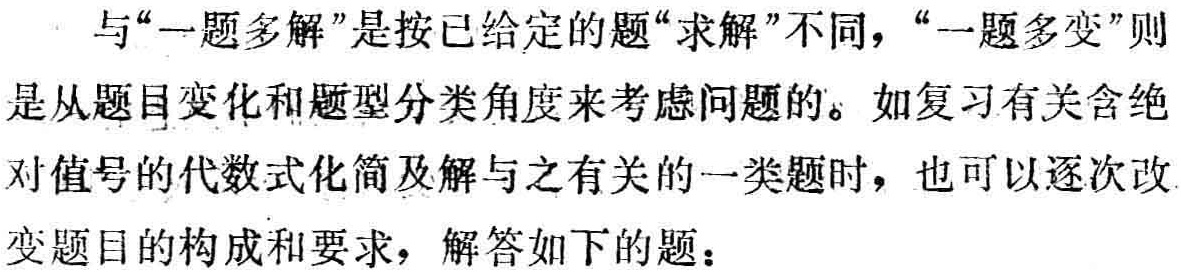
与“一题多解”是按已给定的题“求解”不同，“一题多变”则是从题目变化和题型分类角度来考虑问题的。如复习有关含绝对值号的代数式化简及解与之有关的一类题时，也可以逐次改变题目的构成和要求，解答如下的题：